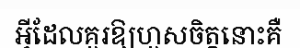
អ្វីដែលគួរឱ្យហួសចិត្តនោះគឺ